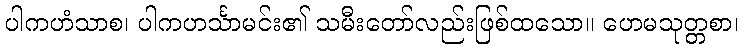
ပါကဟံသာစ၊ ပါကဟင်္သာမင်း၏ သမီးတော်လည်းဖြစ်ထသော။ ဟေမသုတ္တစာ၊